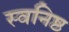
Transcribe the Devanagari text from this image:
स्वनिष्ठ